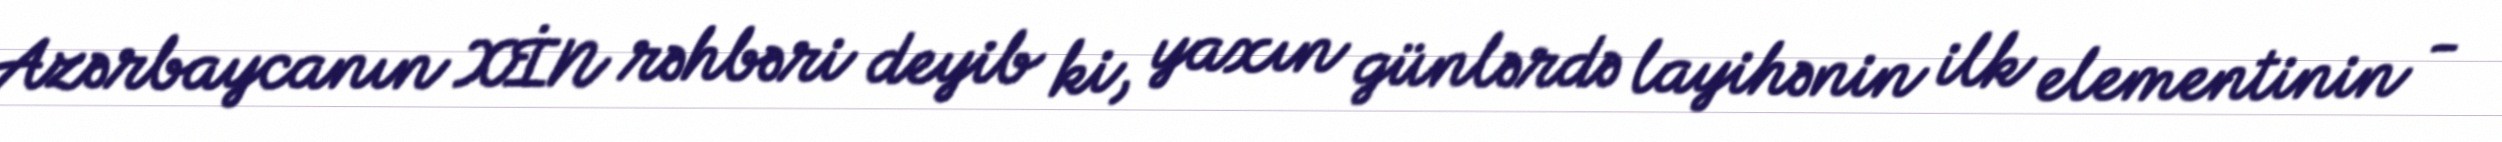
Azərbaycanın XİN rəhbəri deyib ki, yaxın günlərdə layihənin ilk elementinin -